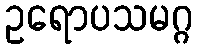
ဥရောပသမဂ္ဂ